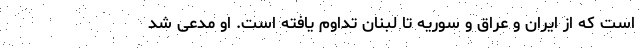
است که از ایران و عراق و سوریه تا لبنان تداوم یافته است. او مدعی شد